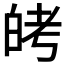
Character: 𬐈